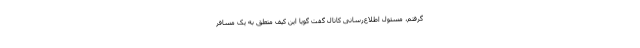
گرفتم، مسئول اطلاع‌رسانی کانال گفت گویا این کیف متعلق به یک مسافر